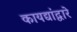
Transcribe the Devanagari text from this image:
कायद्यांद्वारे